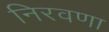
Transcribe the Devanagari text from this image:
निरवणा